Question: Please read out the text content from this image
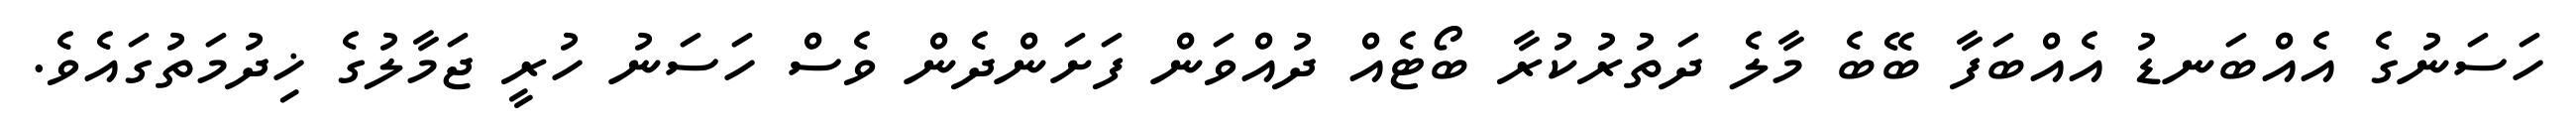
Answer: ހަސަނުގެ އެއްބަނޑު އެއްބަފާ ބޭބެ މާލެ ދަތުރުކުރާ ބޯޓެއް ދުއްވަން ފަށަންދެން ވެސް ހަސަނު ހުރީ ޖަމާލުގެ ޚިދުމަތުގައެވެ.